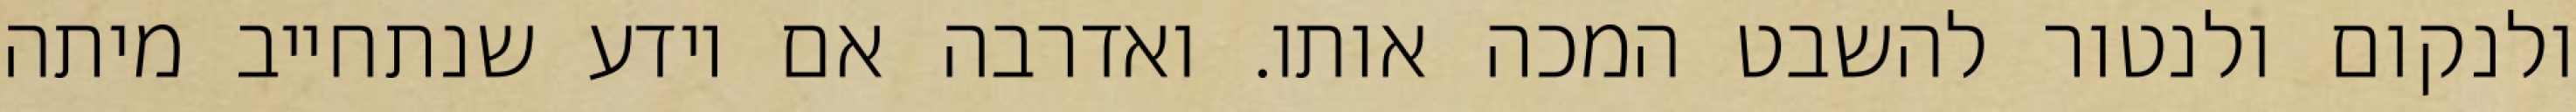
ולנקום ולנטור להשבט המכה אותו. ואדרבה אם יודע שנתחייב מיתה